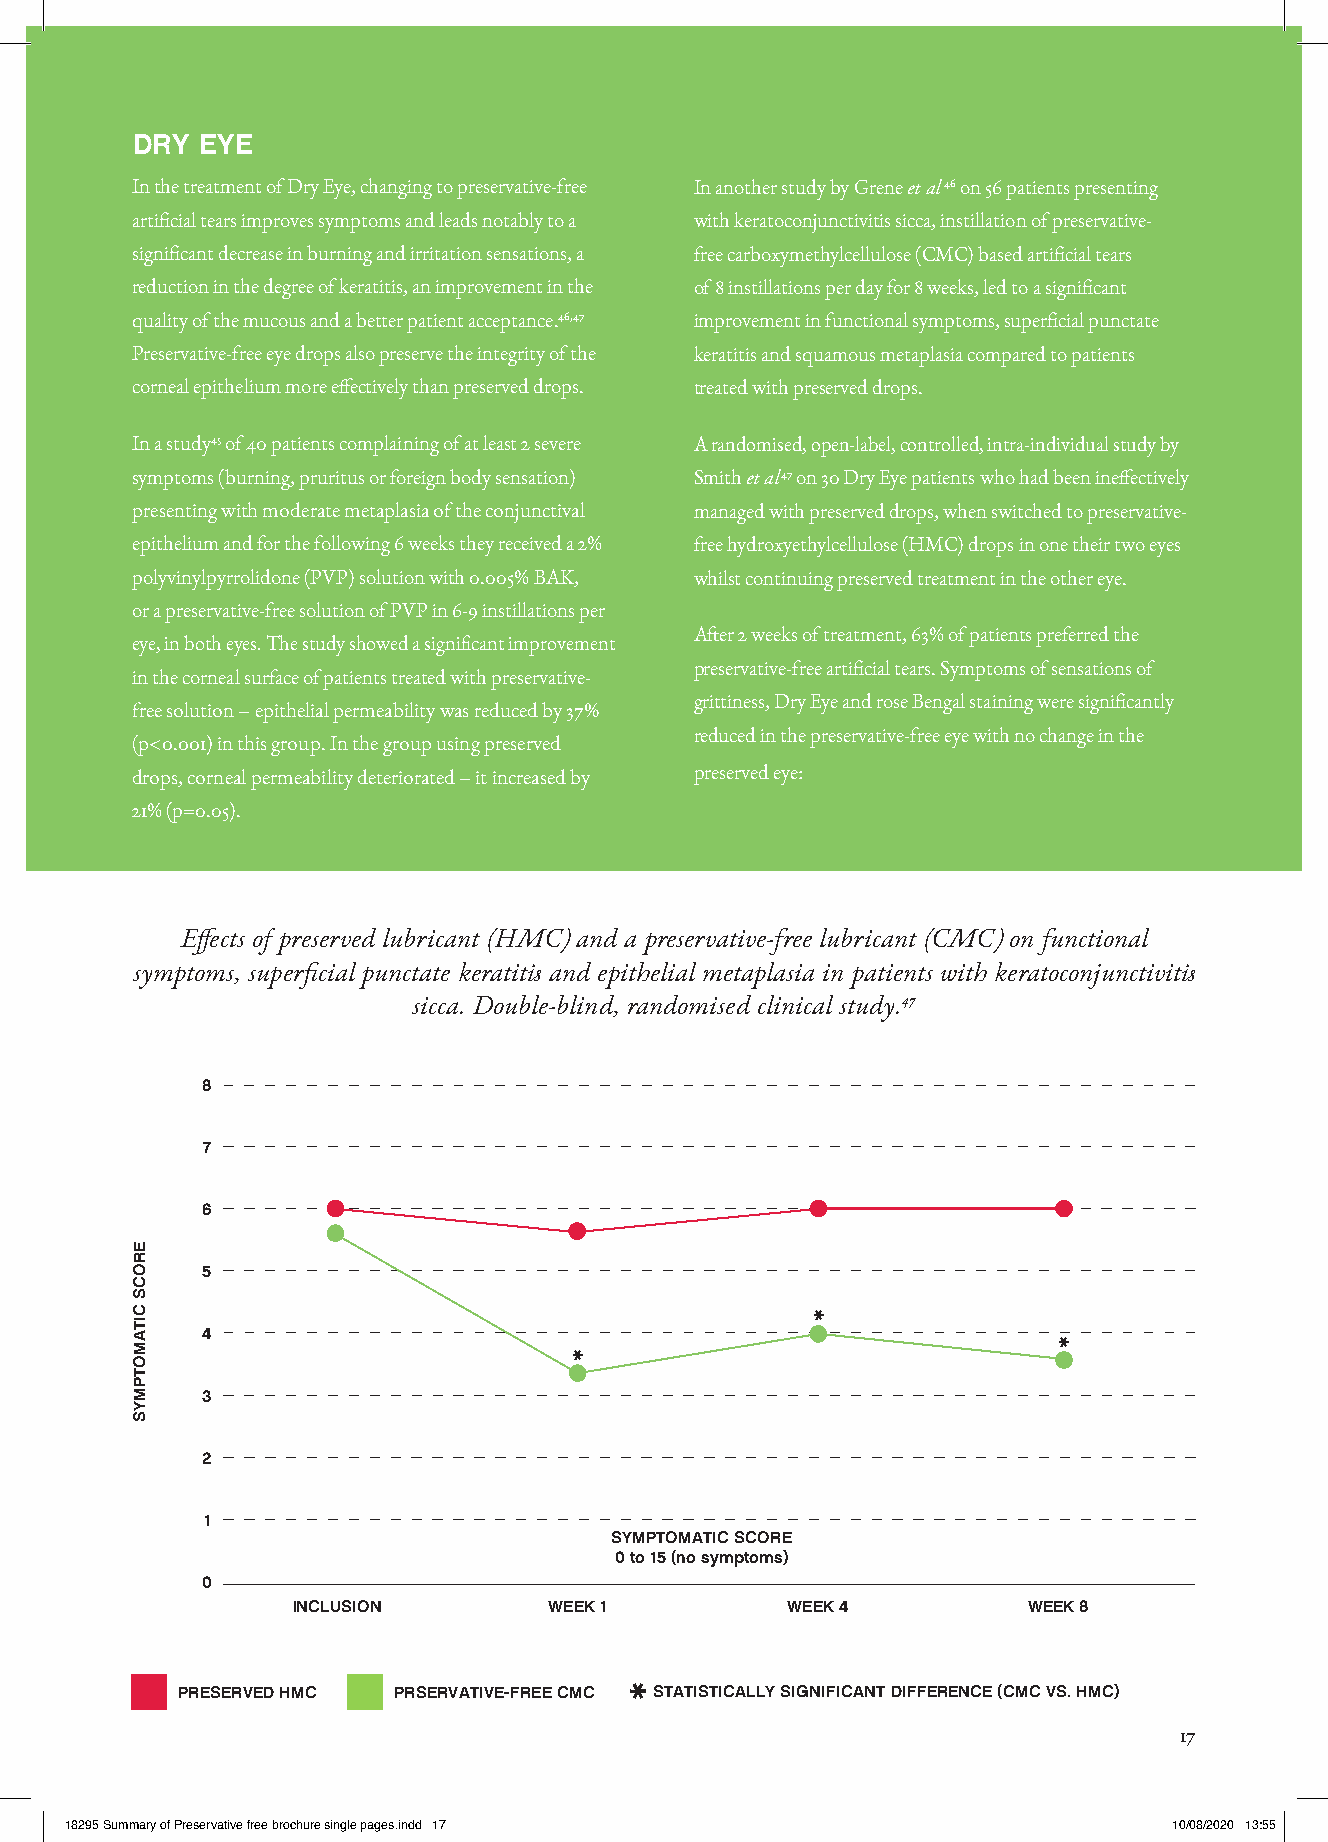
DRY EYE
 In the treatment of Dry Eye, changing to preservative-free In another study by Grene et al46 on 56 patients presenting
 artificial tears improves symptoms and leads notably to a with keratoconjunctivitis sicca, instillation of preservative-
 significant decrease in burning and irritation sensations, a free carboxymethylcellulose (CMC) based artificial tears
 reduction in the degree of keratitis, an improvement in the of 8 instillations per day for 8 weeks, led to a significant
 quality of the mucous and a better patient acceptance.46,47 improvement in functional symptoms, superficial punctate
 Preservative-free eye drops also preserve the integrity of the keratitis and squamous metaplasia compared to patients
 corneal epithelium more effectively than preserved drops. treated with preserved drops.
 In a study45 of 40 patients complaining of at least 2 severe A randomised, open-label, controlled, intra-individual study by
 symptoms (burning, pruritus or foreign body sensation) Smith et al47 on 30 Dry Eye patients who had been ineffectively
 presenting with moderate metaplasia of the conjunctival managed with preserved drops, when switched to preservative-
 epithelium and for the following 6 weeks they received a 2% free hydroxyethylcellulose (HMC) drops in one their two eyes
 polyvinylpyrrolidone (PVP) solution with 0.005% BAK, whilst continuing preserved treatment in the other eye.
 or a preservative-free solution of PVP in 6-9 instillations per
 After 2 weeks of treatment, 63% of patients preferred the
 eye, in both eyes. The study showed a significant improvement
 preservative-free artificial tears. Symptoms of sensations of
 in the corneal surface of patients treated with preservative-
 grittiness, Dry Eye and rose Bengal staining were significantly
 free solution – epithelial permeability was reduced by 37%
 reduced in the preservative-free eye with no change in the
 (p<0.001) in this group. In the group using preserved
 drops, corneal permeability deteriorated – it increased by preserved eye:
 21% (p=0.05).
 Effects of preserved lubricant (HMC) and a preservative-free lubricant (CMC) on functional
 symptoms, superficial punctate keratitis and epithelial metaplasia in patients with keratoconjunctivitis
 sicca. Double-blind, randomised clinical study.47
 8
 7
 6
 5
 *
 4
 *
 *
 3
 2
 1
 SYMPTOMATIC SCORE
 0 to 15 (no symptoms)
 0
 INCLUSION        WEEK 1          WEEK 4          WEEK 8
 PRESERVED HMC PRSERVATIVE-FREE CMC * STATISTICALLY SIGNIFICANT DIFFERENCE (CMC VS. HMC)
 17
 1188229955 SSuummmmaarryy ooff PPrreesseerrvvaattiivvee ffrreeee bbrroocchhuurree ssiinnggllee ppaaggeess..iinndddd 1177 1100//0088//22002200 1133::5555
 EROCS
 CITAMOTPMYS